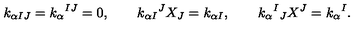
k _ { \alpha I J } = k _ { \alpha } { } ^ { I J } = 0 , \qquad k _ { \alpha I } { } ^ { J } X _ { J } = k _ { \alpha I } , \qquad k _ { \alpha } { } ^ { I } { } _ { J } X ^ { J } = k _ { \alpha } { } ^ { I } .